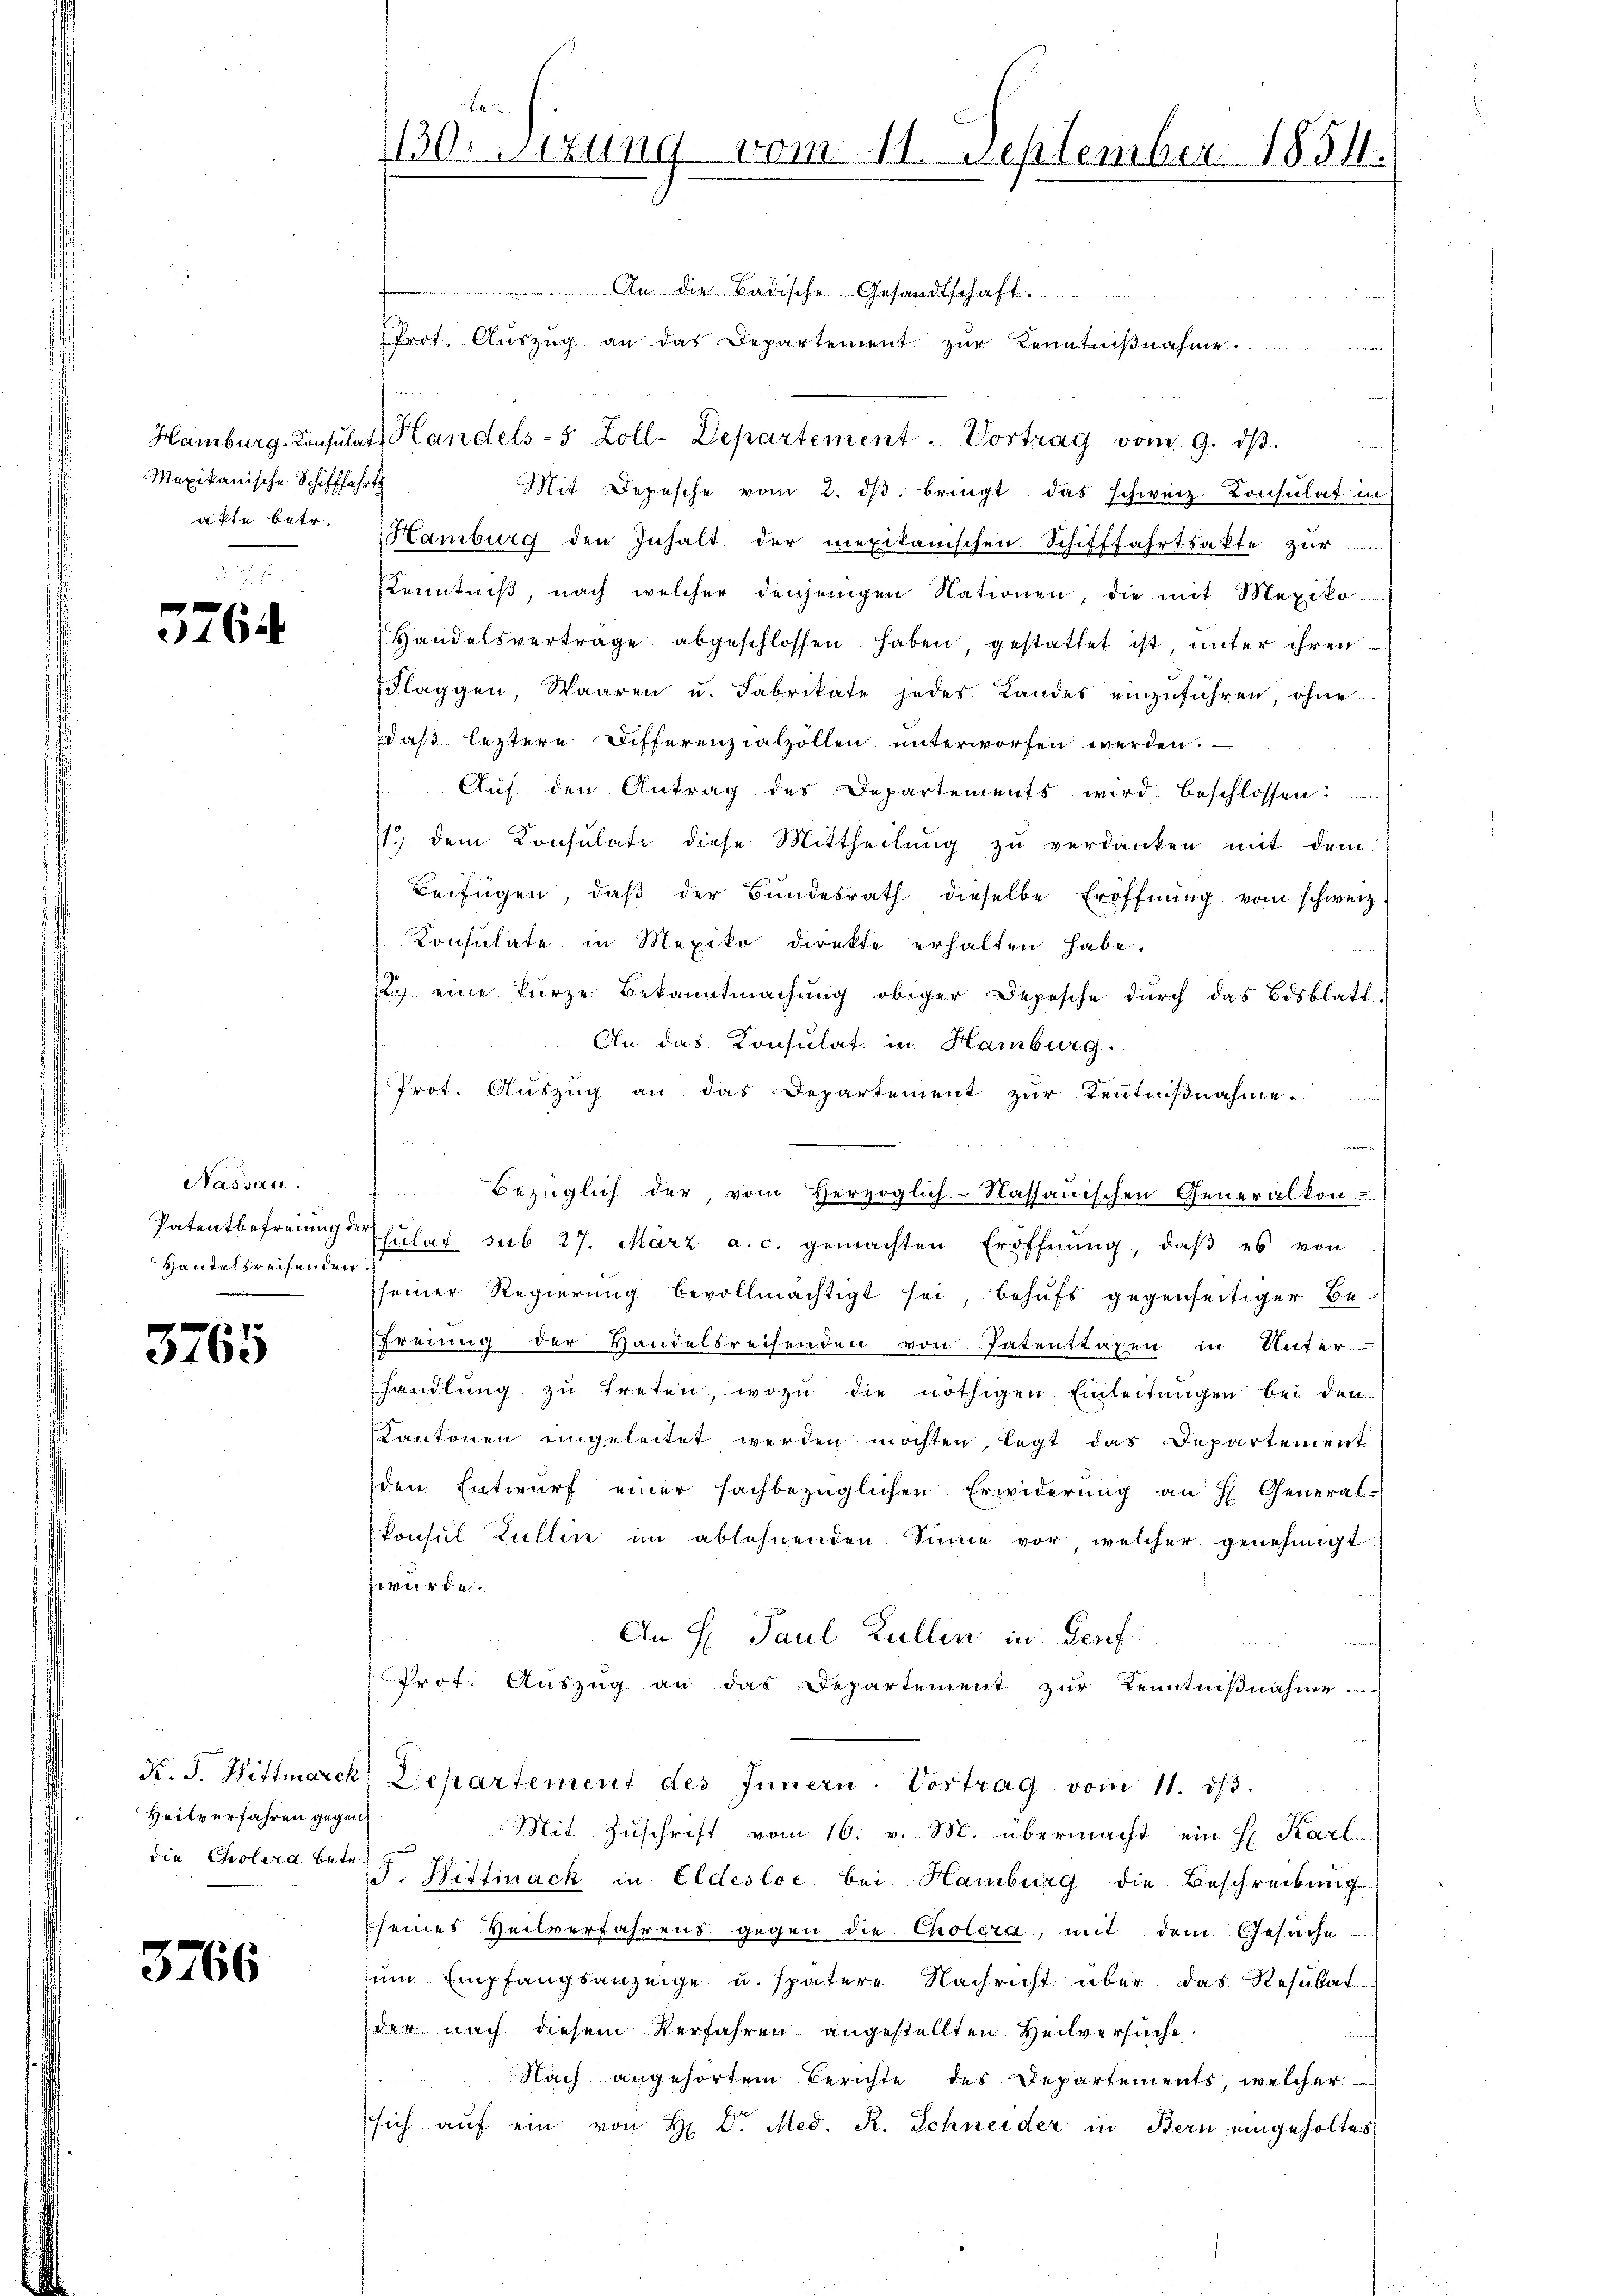
Mexikanische Schifffahrte
akte betr.

3764

Nassau.
Patentbefreiung d
Handelsreisenden.

3765

Heilverfahren gegen
die Cholera betr.

3766

f
110. Sizung vom 11. September 1854.

An die Badische Gesandtschaft
u
Prot. Aŭszŭg an das Departement zur Kenntnißnahme
Hamburg, Consulats Handels- 5 Zoll-Departement. Vortrag vom 9. dβ.
Mit Depesche vom 2. dβ. bringt das schweiz. Consulat in
Hamburg den Inhalt der mexikanischen Schifffahrtsakte zur
Kenntniß, nach welcher denjenigen Nationen, die mit Mexiko
Handelsvertrage abgeschlossen haben, gestattet ist unter ihren
Flaggen, Waaren u. Fabrikate jedes Landes einzŭführen, ohne
daß letztere Differenzialzollen unterworfen werden. —
Aŭf den Antrag des Departements wird beschlossen:
1.) dem Konsulate diese Mittheilung zu verdanken mit dem
Beifügen, daß der Bundesrath dieselbe Eröffnung vom schweiz.
Konsulate in Mexiko direkte erhalten habe.
2.) eine kurze Bekanntmachung obiger Depesche durch das Bisblatt
An das Konsulat in Hamburg.
Prot. Auszug an das Departement zur Kenntnißnahme
a
 bezüglich der, vom Herzoglich-Nassauischen Generalkon-
hŭlat sub 27. März a. c. gemachten Eröffnŭng, daβ es von
seiner Regierung bevollmächtigt sei, behufs gegenseitiger Befreiung der Handelsreisenden von Patenttaxen in Unter
handlung zu treten, wozu die nöthigen Einleitungen bei den
Kantonen eingeleitet werden möchten, legt das Departement
den Entwurf einer sachbezüglichen Erwiderŭng an H General-
Vonsul Zullen im ablehnenden Sinne vor, welcher genehmigt
swürde.
An H: Paul Lullin in Genf.
Prot. Auszug an das Departement zur Kenntnißnahme
K. J. Wittmarck Departement des Innern. Vortrag vom 11. dβ.
Mit Zuschrift vom 16. v. M. übermacht ein H. Karl
J. Wittinack in Oldestoc bei Hamburg die Beschreibung
seines Heilverfahrens gegen die Cholera, mit dem Gesŭche
zum Empfangsanzeige u. spätere Nachricht über das Resutat
der nach diesem Verfahren angestellten Heilversuche
Nach angehörtem Berichte des Departements, welcher
sich aŭf ein von H. Dr. Med. R. Schneider in Bern eingeholtes